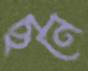
ছনে